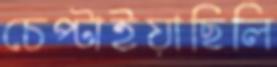
চেপ্‌টাইয়াছিলি